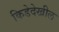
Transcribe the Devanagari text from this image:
किडेदेखील